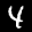
Label: 4